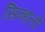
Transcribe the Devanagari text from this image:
सिन्हलों